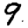
Digit: 9